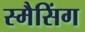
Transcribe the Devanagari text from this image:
स्मैसिंग